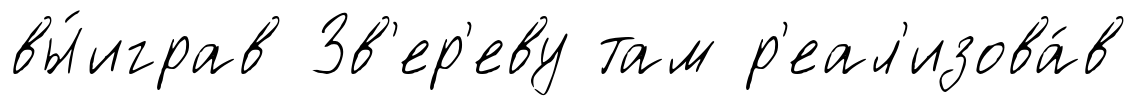
вы́играв Зв'ер'еву там р'еал'изова́в